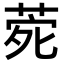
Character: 𮏑